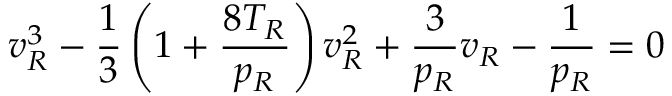
{ v _ { R } ^ { 3 } } - { \frac { 1 } { 3 } } \left( { 1 + { \frac { 8 T _ { R } } { p _ { R } } } } \right) { v _ { R } ^ { 2 } } + { \frac { 3 } { p _ { R } } } v _ { R } - { \frac { 1 } { p _ { R } } } = 0